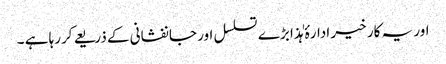
اور یہ کار خیر ادارۂ ہٰذا بڑے تسلسل اور جانفشانی کے ذریعے کررہا ہے ۔